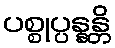
ပစ္စုပ္ပန္နန္တိ